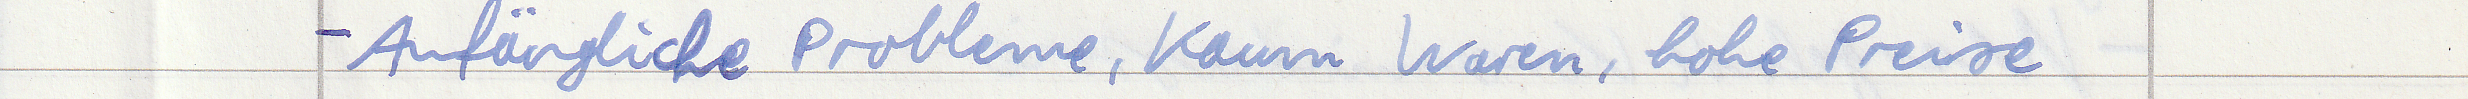
- Anfängliche Probleme, Kaum Waren, hohe Preise